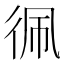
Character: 𮱼